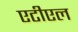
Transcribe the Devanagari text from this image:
एटीएल